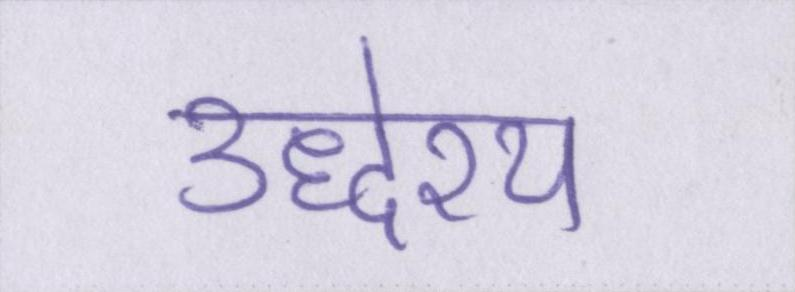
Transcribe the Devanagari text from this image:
उद्धेश्य